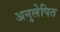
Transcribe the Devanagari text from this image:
अनुलेपित